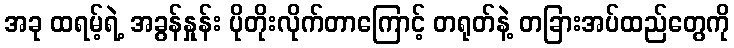
အခု ထရမ့်ရဲ့ အခွန်နှုန်း ပိုတိုးလိုက်တာကြောင့် တရုတ်နဲ့ တခြားအပ်ထည်တွေကို